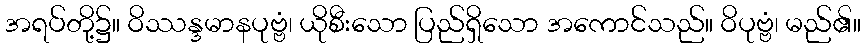
အရပ်တို့၌။ ဝိဿန္ဒမာနပုဗ္ဗံ၊ ယိုစီးသော ပြည်ရှိသော အကောင်သည်။ ဝိပုဗ္ဗံ၊ မည်၏။